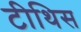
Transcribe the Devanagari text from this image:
टीथिस